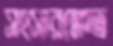
সংসারক্ষেত্র